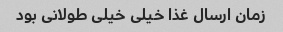
زمان ارسال غذا خیلی خیلی طولانی بود